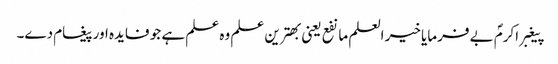
پیغبر اکرمؐ بے فرمایا خیر العلم ما نفع یعنی بھترین علم وہ علم ہے جو فایدہ اور پیغام دے۔